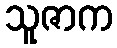
သူဇာက